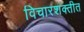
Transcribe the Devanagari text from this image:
विचारशक्तीत